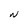
Character: N